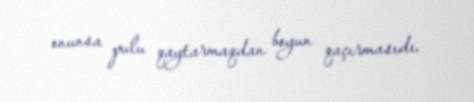
onunsa pulu qaytarmaqdan boyun qaçırmasıdı.